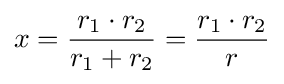
x={\frac {r_{1}\cdot r_{2}}{r_{1}+r_{2}}}={\frac {r_{1}\cdot r_{2}}{r}}